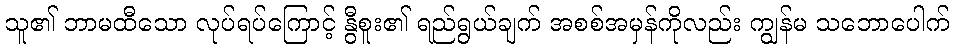
သူ၏ ဘာမထီသော လုပ်ရပ်ကြောင့် နွီစူး၏ ရည်ရွယ်ချက် အစစ်အမှန်ကိုလည်း ကျွန်မ သဘောပေါက်